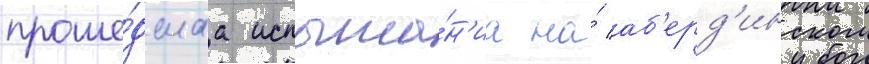
проше́дшаа испыта́н'иа на́ аб'ерд'инском